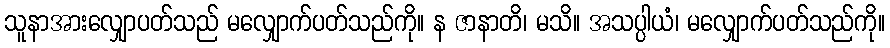
သူနာအားလျှောပတ်သည် မလျှောက်ပတ်သည်ကို။ န ဇာနာတိ၊ မသိ။ အသပ္ပါယံ၊ မလျှောက်ပတ်သည်ကို။